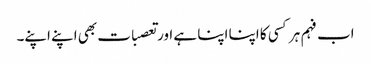
اب فہم ہر کسی کا اپنا اپنا ہے اور تعصبات بھی اپنے اپنے۔